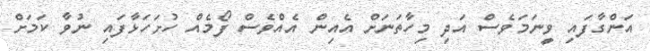
އަންގާފައި ވީނަމަވެސް އަދި މިހާތަނަށް އެއިން އެއްވެސް ފޯމެއް ހުށަހަޅާފައި ނުވާ ކަމަށް